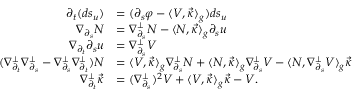
\begin{array} { r l } { \partial _ { t } ( d s _ { u } ) } & { = ( \partial _ { s } \varphi - \langle V , \vec { \kappa } \rangle _ { g } ) d s _ { u } } \\ { \nabla _ { \partial _ { s } } N } & { = \nabla _ { \partial _ { s } } ^ { \perp } N - \langle N , \vec { \kappa } \rangle _ { g } \partial _ { s } u } \\ { \nabla _ { \partial _ { t } } \partial _ { s } u } & { = \nabla _ { \partial _ { s } } ^ { \perp } V } \\ { \quad ( \nabla _ { \partial _ { t } } ^ { \perp } \nabla _ { \partial _ { s } } ^ { \perp } - \nabla _ { \partial _ { s } } ^ { \perp } \nabla _ { \partial _ { t } } ^ { \perp } ) N } & { = \langle V , \vec { \kappa } \rangle _ { g } \nabla _ { \partial _ { s } } ^ { \perp } N + \langle N , \vec { \kappa } \rangle _ { g } \nabla _ { \partial _ { s } } ^ { \perp } V - \langle N , \nabla _ { \partial _ { s } } ^ { \perp } V \rangle _ { g } \vec { \kappa } \qquad } \\ { \nabla _ { \partial _ { t } } ^ { \perp } \vec { \kappa } } & { = ( \nabla _ { \partial _ { s } } ^ { \perp } ) ^ { 2 } V + \langle V , \vec { \kappa } \rangle _ { g } \vec { \kappa } - V . } \end{array}